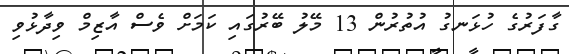
ގާފަރުގެ ހުޅަނގު އުތުރުން 13 މޭލު ބޭރުގައި ކަމަށް ވެސް އާޒިމް ވިދާޅުވި